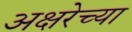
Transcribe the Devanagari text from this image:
अक्षरेच्या